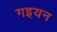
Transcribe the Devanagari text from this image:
गइयन